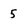
Character: 5